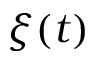
\xi ( t )